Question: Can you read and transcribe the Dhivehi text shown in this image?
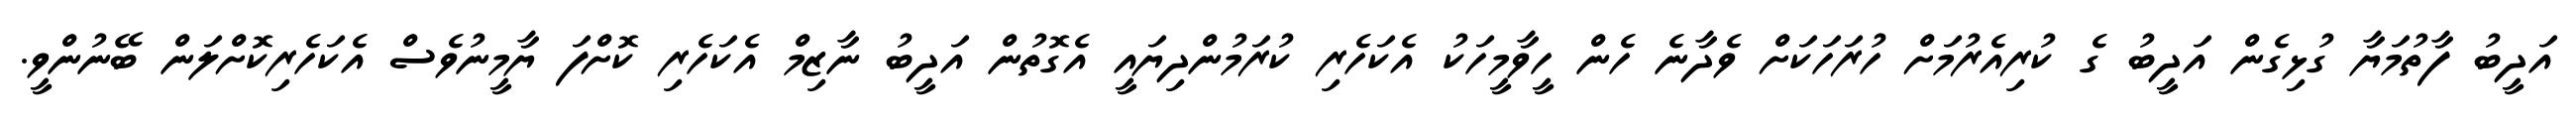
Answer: އަދީބު ފާތުމަޔާ ގުޅިގެން އަދީބު ގެ ކުރިއެރުމަށް ހުރަހަކަށް ވެދާނެ ހެން ހީވާމީހަކު އެކަހެރި ކުރަމުންދިޔައީ އެގޮތުން އަދީބު ނާޒިމް އެކަހެރި ކޮށްފަ ޔާމީނުވެސް އެކަހެރިކޮށްލަން ބޭނުންވީ.